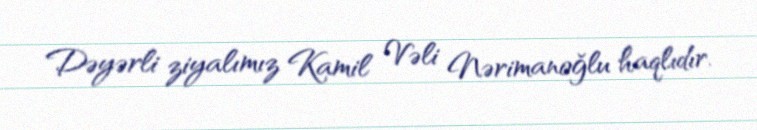
Dəyərli ziyalımız Kamil Vəli Nərimanoğlu haqlıdır.